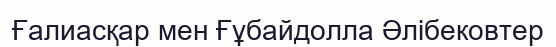
Ғалиасқар мен Ғұбайдолла Әлібековтер